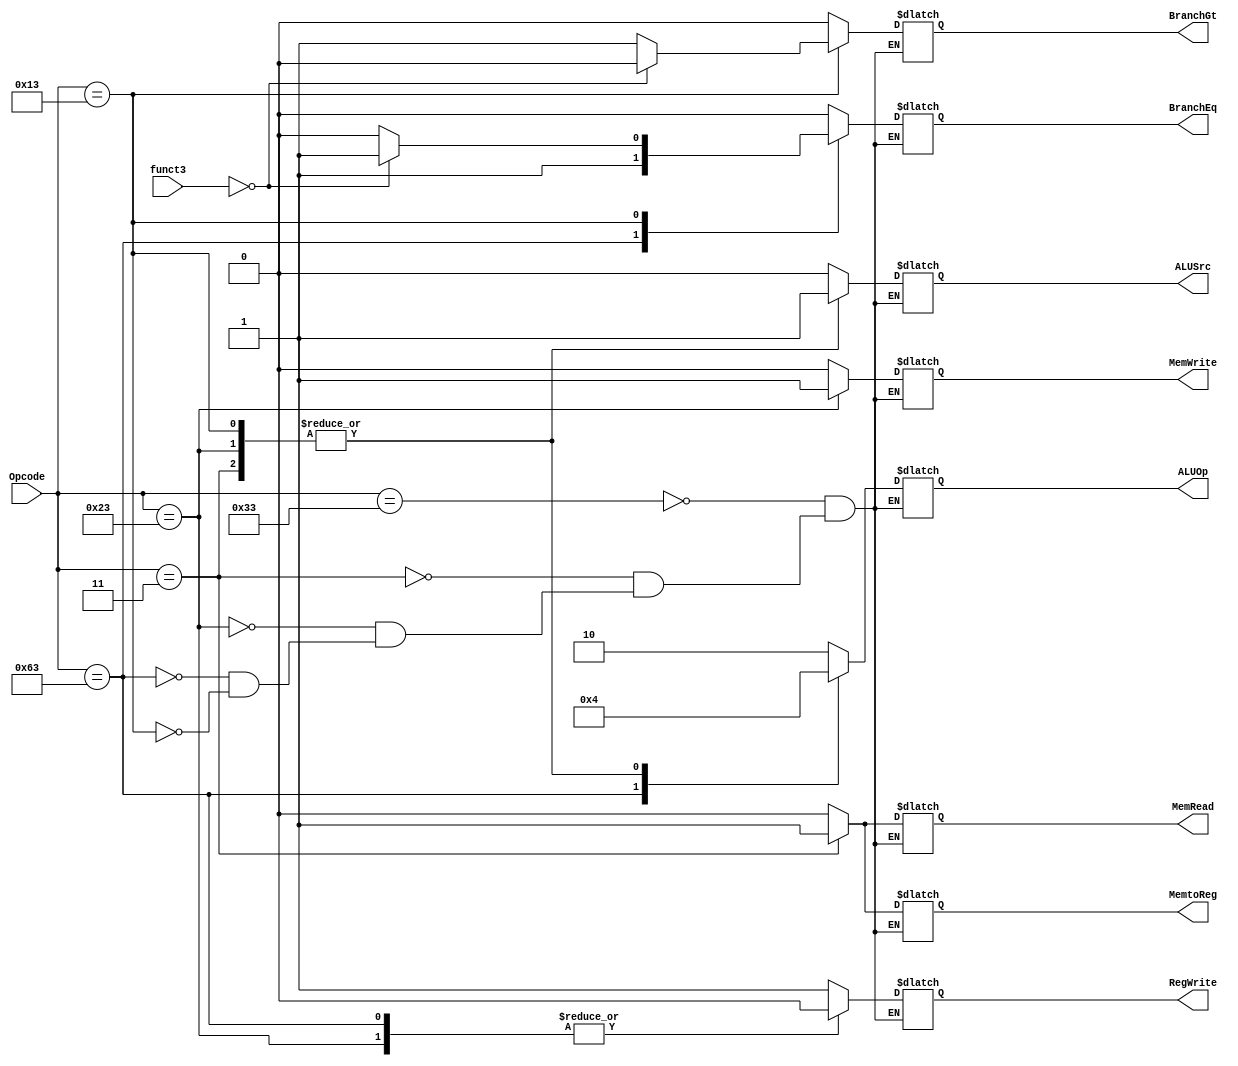
module Control_Unit(
  
  input [6:0] Opcode,
  input [2:0] funct3,
  output reg [1:0]ALUOp,
  output reg BranchEq,MemRead,MemtoReg,MemWrite,ALUSrc,RegWrite,BranchGt);
  
  always @(*)
    begin
      //outputs ALUop,BranchEq,MemRead,MemtoReg,MemWrite,ALUSrc,RegWrite,BranchGt
      //according to the given input of opcode 
      case(Opcode)
        7'b0110011:
          begin
            ALUOp = 2'b10;
            BranchEq = 1'b0;
            MemRead = 1'b0;
            MemtoReg = 1'b0;
            MemWrite = 1'b0;
            ALUSrc = 1'b0;
            RegWrite = 1'b1;
            BranchGt = 1'b0;
          end
        7'b0000011:
          begin
              ALUOp = 2'b00;
              BranchEq = 1'b0;
              MemRead = 1'b1;
              MemtoReg = 1'b1;
              MemWrite = 1'b0;
              ALUSrc = 1'b1;
              RegWrite = 1'b1;
              BranchGt = 1'b0;
            end
        7'b0100011:
          begin
              ALUOp = 2'b00;
              BranchEq = 1'b0;
              MemRead = 1'b0;
              MemtoReg = 1'bx;//---
              MemWrite = 1'b1;
              ALUSrc = 1'b1;
              RegWrite = 1'b0;
              BranchGt = 1'b0;
            end
        7'b1100011:
          begin
              ALUOp = 2'b01;
              BranchEq = 1'b1;
              MemRead = 1'b0;
              MemtoReg = 1'bx; //--
              MemWrite = 1'b0;
              ALUSrc = 1'b0;
              RegWrite = 1'b0;
              BranchGt = 1'b0;
            end
          7'b0010011:
            begin
              ALUOp = 2'b00;
              MemRead = 1'b0;
              MemtoReg = 1'b0;
              MemWrite = 1'b0;
              ALUSrc = 1'b1;
              RegWrite = 1'b1;
              if (funct3 == 3'b000)
                begin
                    BranchEq = 1'b1;
                    BranchGt = 1'b0;
                end
            else
                begin
                    BranchEq = 1'b0;
                    BranchGt = 1'b1;
                end
            end

      endcase
	end
endmodule